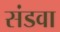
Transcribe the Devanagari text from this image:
संडवा